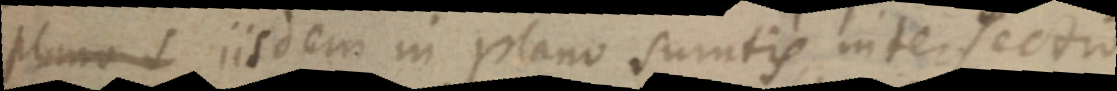
plano _ iisdem in plano sumtis intersectio